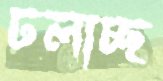
ঢলাচ্ছ